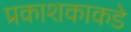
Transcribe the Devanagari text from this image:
प्रकाशकाकडे